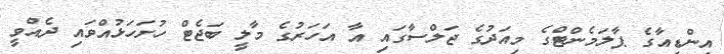
އިންޑިއާގެ ޕާލަމެންޓްގެ މިއަދުގެ ޖަލްސާގައި އާ އަހަރުގެ މާލީ ބަޖެޓް ހުށަހަޅުއްވައި ދެއްވީ